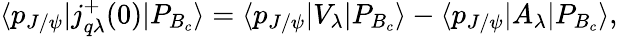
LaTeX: \langle p_{J/\psi}|j_{q\lambda}^{+}(0)|P_{B_{c}}\rangle=\langle p_{J/\psi}|V_{\lambda}|P_{B_{c}}\rangle-\langle p_{J/\psi}|A_{\lambda}|P_{B_{c}}\rangle,